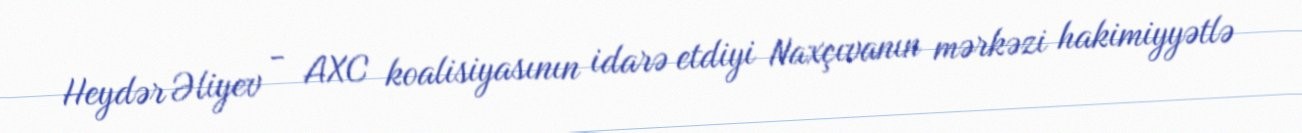
Heydər Əliyev - AXC koalisiyasının idarə etdiyi Naxçıvanın mərkəzi hakimiyyətlə